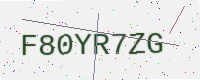
Text: F80YR7ZG